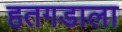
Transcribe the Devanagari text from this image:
हतगडाला